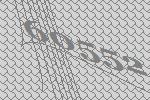
60552